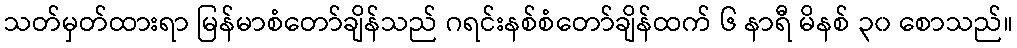
သတ်မှတ်ထားရာ မြန်မာစံတော်ချိန်သည် ဂရင်းနစ်စံတော်ချိန်ထက် ၆ နာရီ မိနစ် ၃၀ စောသည်။